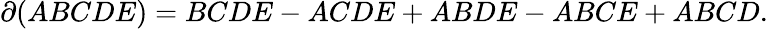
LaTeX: \partial(ABCDE)=BCDE-ACDE+ABDE-ABCE+ABCD.